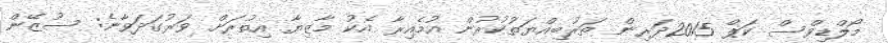
މޯލްޑިވްސް ކަޕް 2015ދަރިން ތަރުބިއްޔަތުކުރުން އުމެއިރާ އެކު މާޒިޔާ އިތުރަށް ވަރުގަދަވާނެ: ސުޒޭން